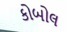
કોબોલ